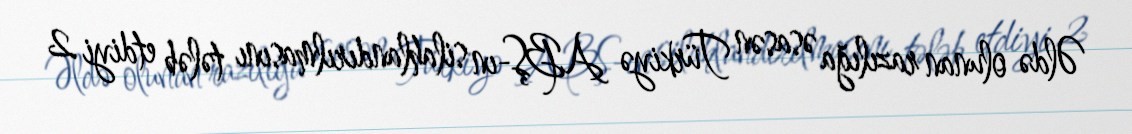
Əldə olunan razılığa əsasən Türkiyə ABŞ-ın silahlandırılmasını tələb etdiyi 2